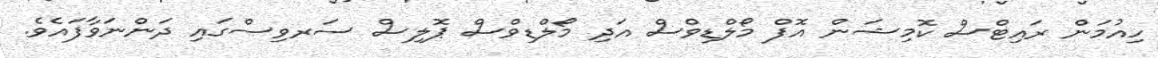
ހިއުމަން ރައިޓްސް ކޮމިޝަން އޮފް މޯލްޑިވްސް އަދި މޯލްޑިވްސް ޕޮލިސް ސަރވިސްގައި ދަންނަވާފައެވެ.